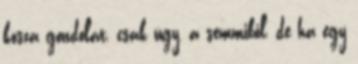
kósza gondolat, csak úgy, a semmiből, de ha egy